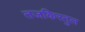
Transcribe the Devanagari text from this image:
तजकिरतुल